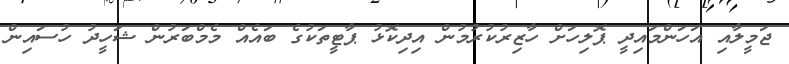
ޖަމީލާއި އަހަންމައިދީ ޕޮލިހަށް ހާޒިރުކުރުމުން އިދިކޮޅު ޕާޓީތަކުގެ ބައެއް މެމްބަރުން ޝަހީދު ހުސައިން